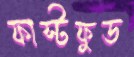
ফাস্টফুড